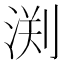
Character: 渕